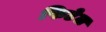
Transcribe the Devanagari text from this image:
फिटेल